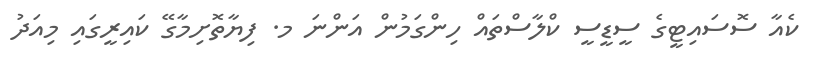
ކެއާ ސޮސައިޓީގެ ސީޑީސީ ކްލާސްތައް ހިންގަމުން އަންނަ މ. ފިޔާތޮށިމާގޭ ކައިރީގައި މިއަދު